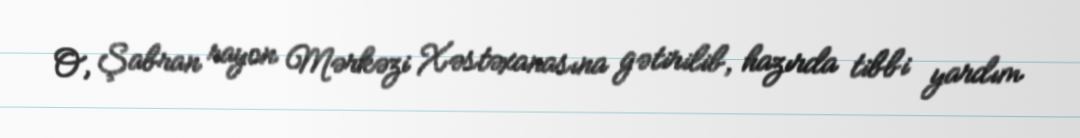
O, Şabran rayon Mərkəzi Xəstəxanasına gətirilib, hazırda tibbi yardım